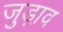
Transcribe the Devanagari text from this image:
जुड़ा़व